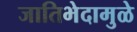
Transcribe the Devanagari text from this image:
जातिभेदामुळे